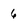
Character: 6